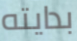
بدايته